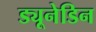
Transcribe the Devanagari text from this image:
ड्यूनेडिन